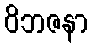
ဝိဘဇနာ